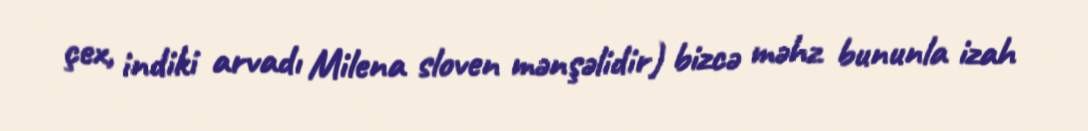
çex, indiki arvadı Milena sloven mənşəlidir) bizcə məhz bununla izah